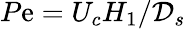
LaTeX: P\mathrm{e}=U_{c}H_{1}/\mathcal{{D}}_{s}